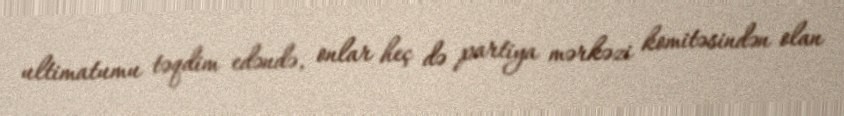
ultimatumu təqdim edəndə, onlar heç də partiya mərkəzi komitəsindən olan